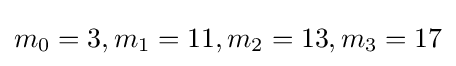
m_{0}=3,m_{1}=11,m_{2}=13,m_{3}=17